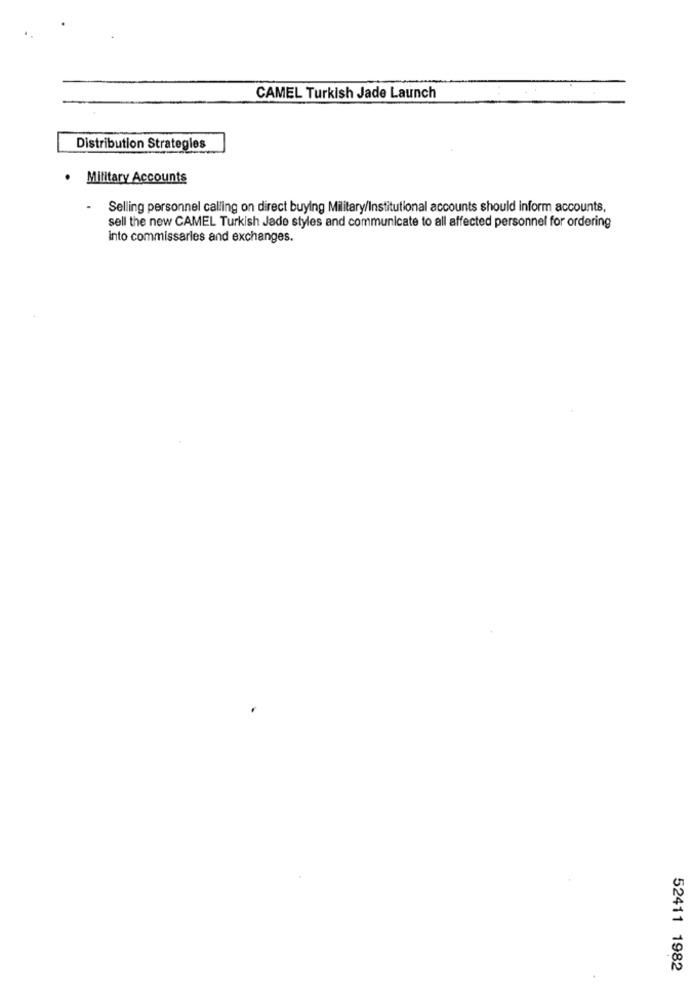
CAMEL Turkish Jade Launch
Distribution Strategies
. Military Accounts
Selling personnel calling on direct buying Military/Institutional accounts should inform accounts,
sell the new CAMEL Turkish Jade styles and communicate to all affected personnel for ordering
into commissaries and exchanges.
52411 1982